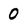
Character: 0